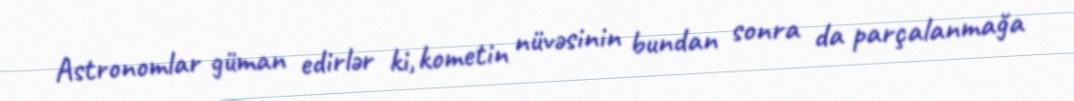
Astronomlar güman edirlər ki, kometin nüvəsinin bundan sonra da parçalanmağa